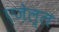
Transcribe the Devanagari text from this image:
एज़ेल्ल